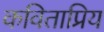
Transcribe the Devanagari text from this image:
कविताप्रिय